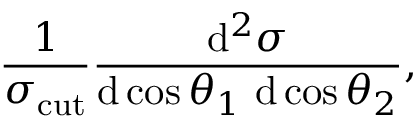
\frac { 1 } { \sigma _ { \mathrm { c u t } } } \frac { \mathrm { d } ^ { 2 } \sigma } { \mathrm { d } \cos \theta _ { 1 } \ \mathrm { d } \cos \theta _ { 2 } } ,